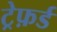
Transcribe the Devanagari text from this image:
ट्रेफ़र्ड